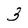
Character: 3